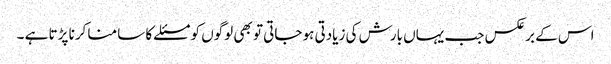
اس کے برعکس جب یہاں بارش کی زیادتی ہو جاتی تو بھی لوگوں کو مسئلے کا سامنا کرنا پڑتا ہے ۔